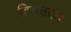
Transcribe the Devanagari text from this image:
विभक्ताय